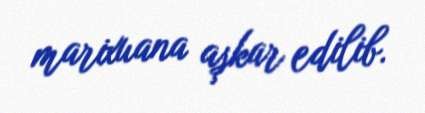
marixuana aşkar edilib.